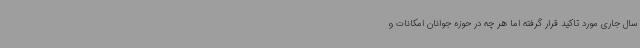
سال جاری مورد تاکید قرار گرفته اما هر چه در حوزه جوانان امکانات و